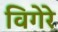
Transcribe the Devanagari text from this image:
विगेरे